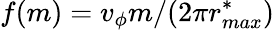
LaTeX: f(m)=v_{\phi}m/(2\pi r_{max}^{*})